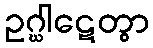
ဥဂ္ဃါဋေတွာ